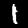
Digit: 1